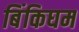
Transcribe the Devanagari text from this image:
बिंकिघम